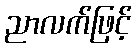
ညာလက်ဖြင့်